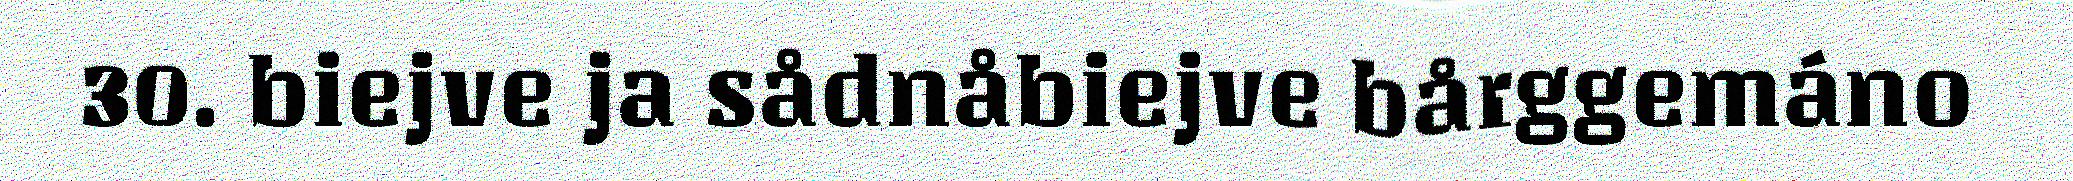
30. biejve ja sådnåbiejve bårggemáno